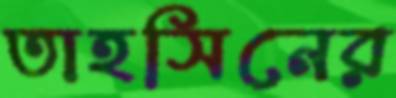
তাহসিনের